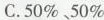
C.50\%、50\%